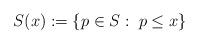
LaTeX: \begin{align*}S(x) := \{ p \in S : \; p \leq x \}\end{align*}